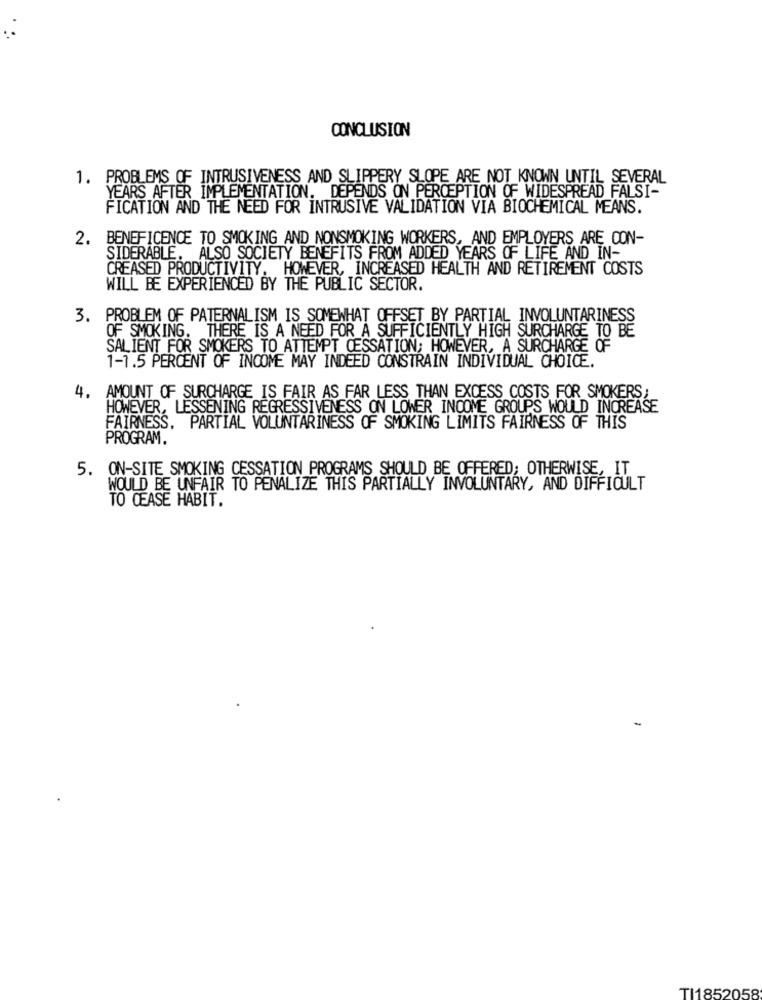
CONCLUSION
1. PROBLEMS OF INTRUSIVENESS AND SLIPPERY SLOPE ARE NOT KNOWN UNTIL SEVERAL
YEARS AFTER IMPLEMENTATION. DEPENDS ON PERCEPTION OF WIDESPREAD FALSI-
FICATION AND THE NEED FOR INTRUSIVE VALIDATION VIA BIOCHEMICAL MEANS.
2. BENEFICENCE TO SMOKING AND NONSMOKING WORKERS, AND EMPLOYERS ARE CON-
SIDERABLE. ALSO SOCIETY BENEFITS FROM ADDED YEARS OF LIFE AND IN-
CREASED PRODUCTIVITY. HOWEVER, INCREASED HEALTH AND RETIREMENT COSTS
WILL BE EXPERIENCED BY THE PUBLIC SECTOR.
3. PROBLEM OF PATERNALISM IS SOMEWHAT OFFSET BY PARTIAL INVOLUNTARINESS
OF SMOKING. THERE IS A NEED FOR A SUFFICIENTLY HIGH SURCHARGE TO BE
SALIENT FOR SMOKERS TO ATTEMPT CESSATION; HOWEVER, A SURCHARGE OF
1-1.5 PERCENT OF INCOME MAY INDEED CONSTRAIN INDIVIDUAL CHOICE.
4. AMOUNT OF SURCHARGE IS FAIR AS FAR LESS THAN EXCESS COSTS FOR SMOKERS;
HOWEVER, LESSENING REGRESSIVENESS ON LOWER INCOME GROUPS WOULD INCREASE
FAIRNESS, PARTIAL VOLUNTARINESS OF SMOKING LIMITS FAIRNESS OF THIS
PROGRAM.
5. ON-SITE SMOKING CESSATION PROGRAMS SHOULD BE OFFERED; OTHERWISE, IT
WOULD BE UNFAIR TO PENALIZE THIS PARTIALLY INVOLUNTARY, AND DIFFICULT
TO CASE HABIT.
TI1852058